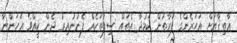
ޢާތިޤާއަށް އަހަރެންގެ ފަރާތުން ކަމުދާ އެތައް ސިފަތަކެއް ފެނުނުއިރު ދެން ކީއްވެ އަހަންނާ